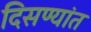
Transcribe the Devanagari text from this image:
दिसण्यांत